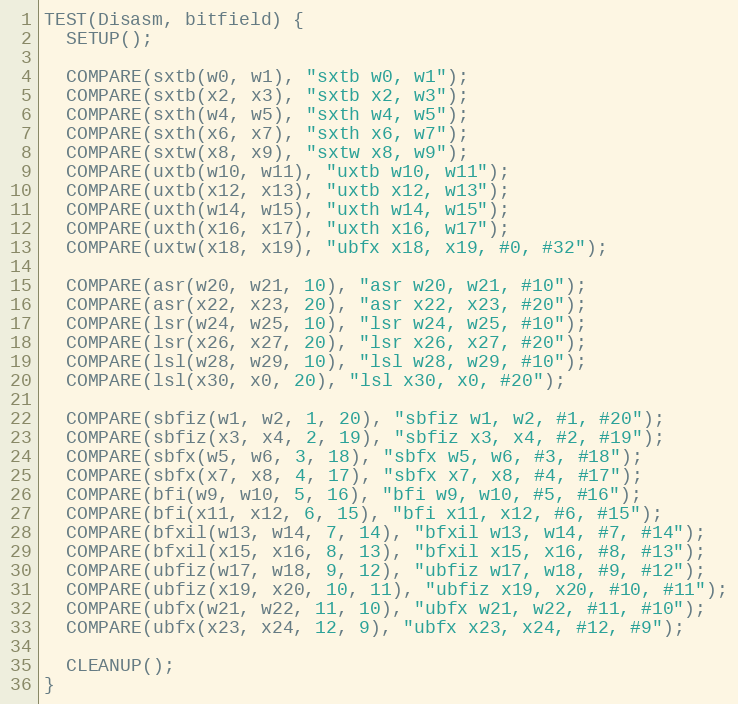
Language: C++
TEST(Disasm, bitfield) {
  SETUP();

  COMPARE(sxtb(w0, w1), "sxtb w0, w1");
  COMPARE(sxtb(x2, x3), "sxtb x2, w3");
  COMPARE(sxth(w4, w5), "sxth w4, w5");
  COMPARE(sxth(x6, x7), "sxth x6, w7");
  COMPARE(sxtw(x8, x9), "sxtw x8, w9");
  COMPARE(uxtb(w10, w11), "uxtb w10, w11");
  COMPARE(uxtb(x12, x13), "uxtb x12, w13");
  COMPARE(uxth(w14, w15), "uxth w14, w15");
  COMPARE(uxth(x16, x17), "uxth x16, w17");
  COMPARE(uxtw(x18, x19), "ubfx x18, x19, #0, #32");

  COMPARE(asr(w20, w21, 10), "asr w20, w21, #10");
  COMPARE(asr(x22, x23, 20), "asr x22, x23, #20");
  COMPARE(lsr(w24, w25, 10), "lsr w24, w25, #10");
  COMPARE(lsr(x26, x27, 20), "lsr x26, x27, #20");
  COMPARE(lsl(w28, w29, 10), "lsl w28, w29, #10");
  COMPARE(lsl(x30, x0, 20), "lsl x30, x0, #20");

  COMPARE(sbfiz(w1, w2, 1, 20), "sbfiz w1, w2, #1, #20");
  COMPARE(sbfiz(x3, x4, 2, 19), "sbfiz x3, x4, #2, #19");
  COMPARE(sbfx(w5, w6, 3, 18), "sbfx w5, w6, #3, #18");
  COMPARE(sbfx(x7, x8, 4, 17), "sbfx x7, x8, #4, #17");
  COMPARE(bfi(w9, w10, 5, 16), "bfi w9, w10, #5, #16");
  COMPARE(bfi(x11, x12, 6, 15), "bfi x11, x12, #6, #15");
  COMPARE(bfxil(w13, w14, 7, 14), "bfxil w13, w14, #7, #14");
  COMPARE(bfxil(x15, x16, 8, 13), "bfxil x15, x16, #8, #13");
  COMPARE(ubfiz(w17, w18, 9, 12), "ubfiz w17, w18, #9, #12");
  COMPARE(ubfiz(x19, x20, 10, 11), "ubfiz x19, x20, #10, #11");
  COMPARE(ubfx(w21, w22, 11, 10), "ubfx w21, w22, #11, #10");
  COMPARE(ubfx(x23, x24, 12, 9), "ubfx x23, x24, #12, #9");

  CLEANUP();
}